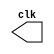
module clock1unit(output clk);

reg clk;

initial begin
 clk = 0;
end

always begin
  #1 clk = ~clk;

end

endmodule